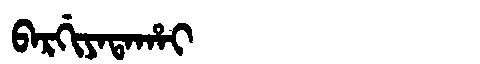
Manchu: ᠪᠠᡵᡤᡳᠶᠠᡨᠠᡥᠠᡳ
Romanization: BARGIYATAHAI